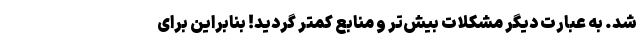
شد. به عبارت دیگر مشکلات بیش‌تر و منابع کمتر گردید! بنابراین برای